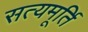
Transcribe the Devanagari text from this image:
सत्यमूर्ति